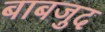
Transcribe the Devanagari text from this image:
बाबजुद